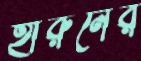
হারুনের